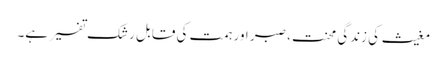
مغیث کی زندگی محنت، صبر اور ہمت کی قابل رشک تفسیر ہے۔